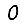
Digit: 0